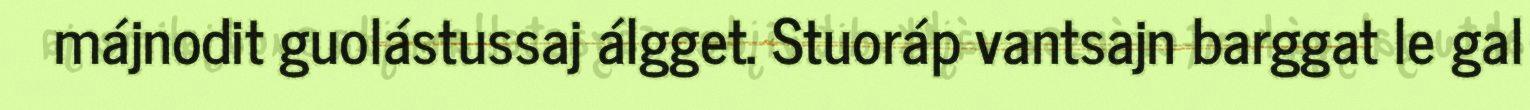
májnodit guolástussaj álgget. Stuoráp vantsajn barggat le gal